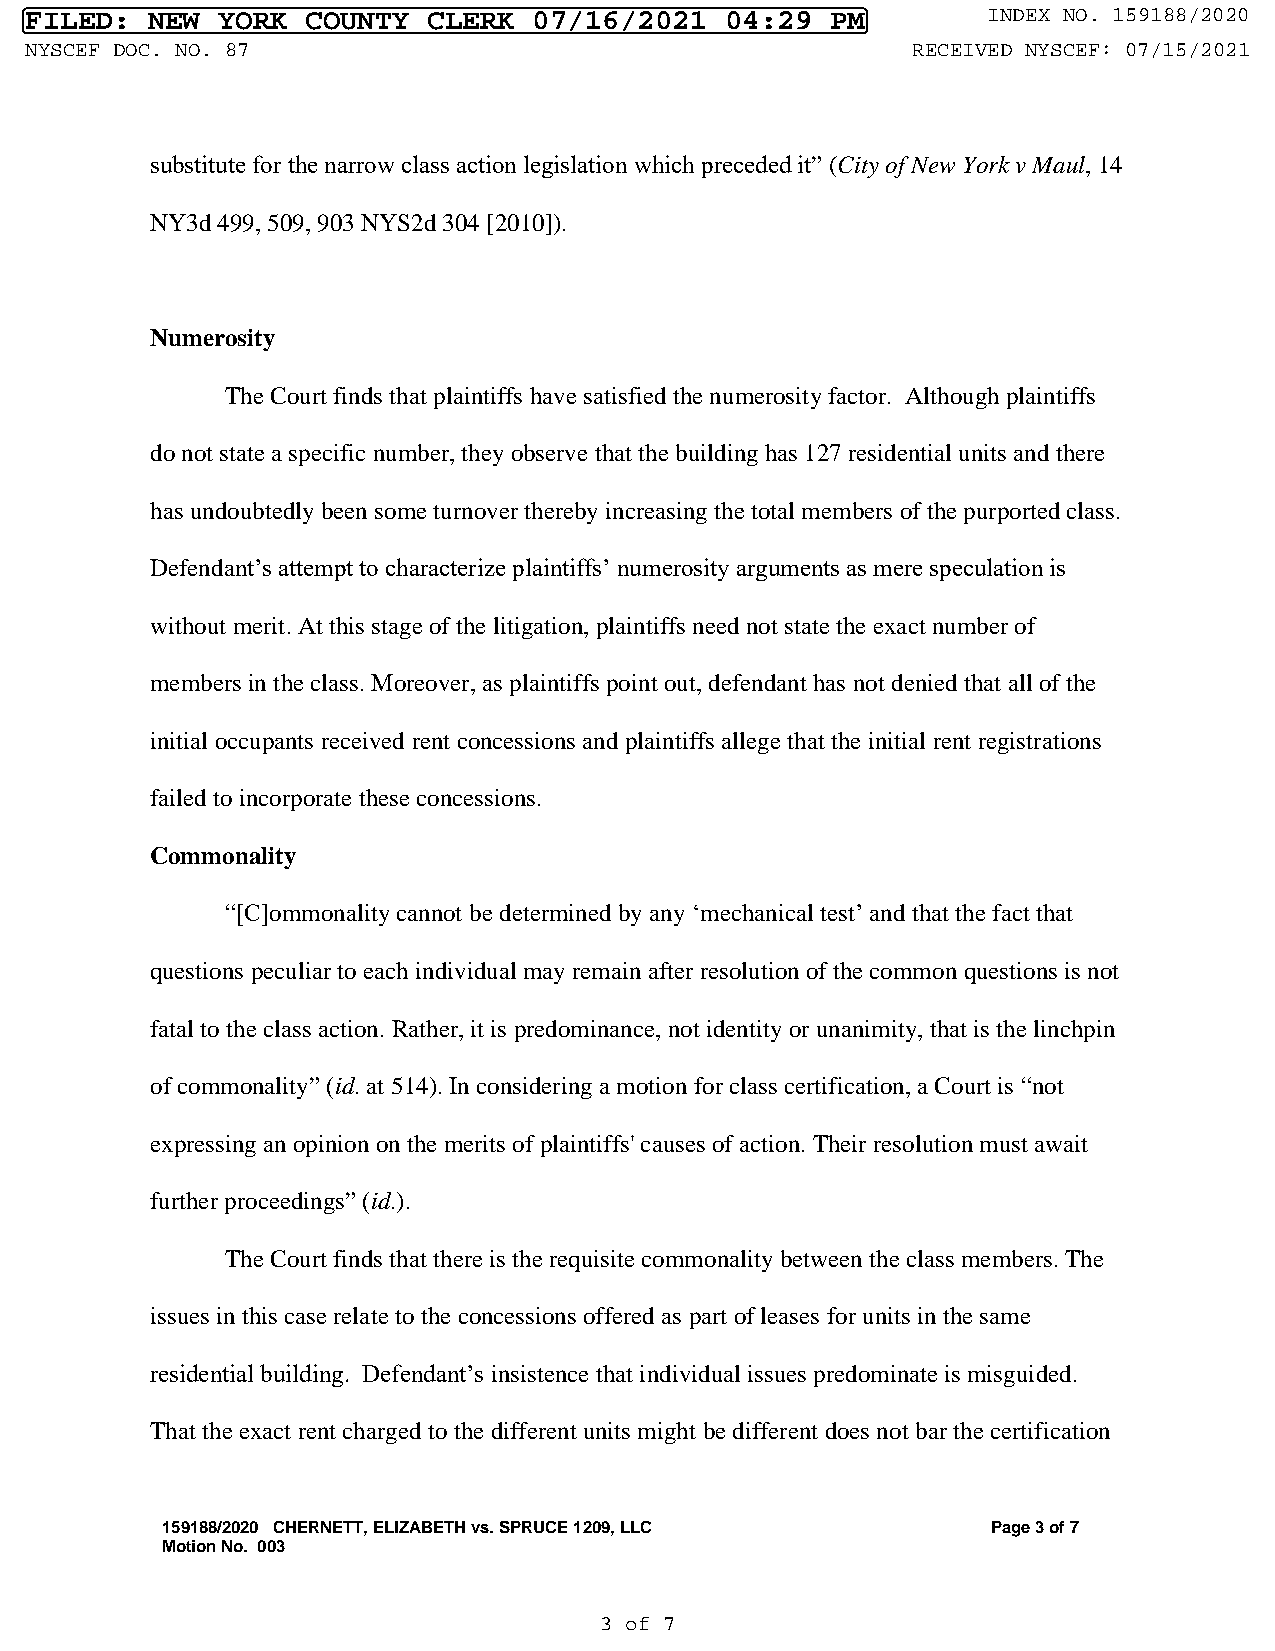
FILED:  NEW YORK  COUNTY  CLERK  07/16/2021   04:29  PM        INDEX NO. 159188/2020
 NYSCEF DOC. NO. 87                                        RECEIVED NYSCEF: 07/15/2021
 substitute for the narrow class action legislation which preceded it” (City of New York v Maul, 14
 NY3d 499, 509, 903 NYS2d 304 [2010]).
 Numerosity
 The Court finds that plaintiffs have satisfied the numerosity factor. Although plaintiffs
 do not state a specific number, they observe that the building has 127 residential units and there
 has undoubtedly been some turnover thereby increasing the total members of the purported class.
 Defendant’s attempt to characterize plaintiffs’ numerosity arguments as mere speculation is
 without merit. At this stage of the litigation, plaintiffs need not state the exact number of
 members in the class. Moreover, as plaintiffs point out, defendant has not denied that all of the
 initial occupants received rent concessions and plaintiffs allege that the initial rent registrations
 failed to incorporate these concessions.
 Commonality
 “[C]ommonality cannot be determined by any ‘mechanical test’ and that the fact that
 questions peculiar to each individual may remain after resolution of the common questions is not
 fatal to the class action. Rather, it is predominance, not identity or unanimity, that is the linchpin
 of commonality” (id. at 514). In considering a motion for class certification, a Court is “not
 expressing an opinion on the merits of plaintiffs' causes of action. Their resolution must await
 further proceedings” (id.).
 The Court finds that there is the requisite commonality between the class members. The
 issues in this case relate to the concessions offered as part of leases for units in the same
 residential building. Defendant’s insistence that individual issues predominate is misguided.
 That the exact rent charged to the different units might be different does not bar the certification
 159188/2020 CHERNETT, ELIZABETH vs. SPRUCE 1209, LLC   Page 3 of 7
 Motion No. 003
 3 of 7